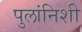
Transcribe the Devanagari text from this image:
पुलांनिशी